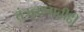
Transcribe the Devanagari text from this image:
तंत्रज्ञानाचीही